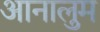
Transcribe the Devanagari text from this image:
आनालुम